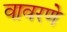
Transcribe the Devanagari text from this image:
वावरणे